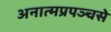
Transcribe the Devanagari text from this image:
अनात्मप्रपञ्चसे